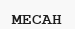
МЕСАН